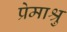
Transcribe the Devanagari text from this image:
प्रेमाश्रु